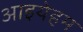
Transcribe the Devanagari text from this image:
आइयेहम